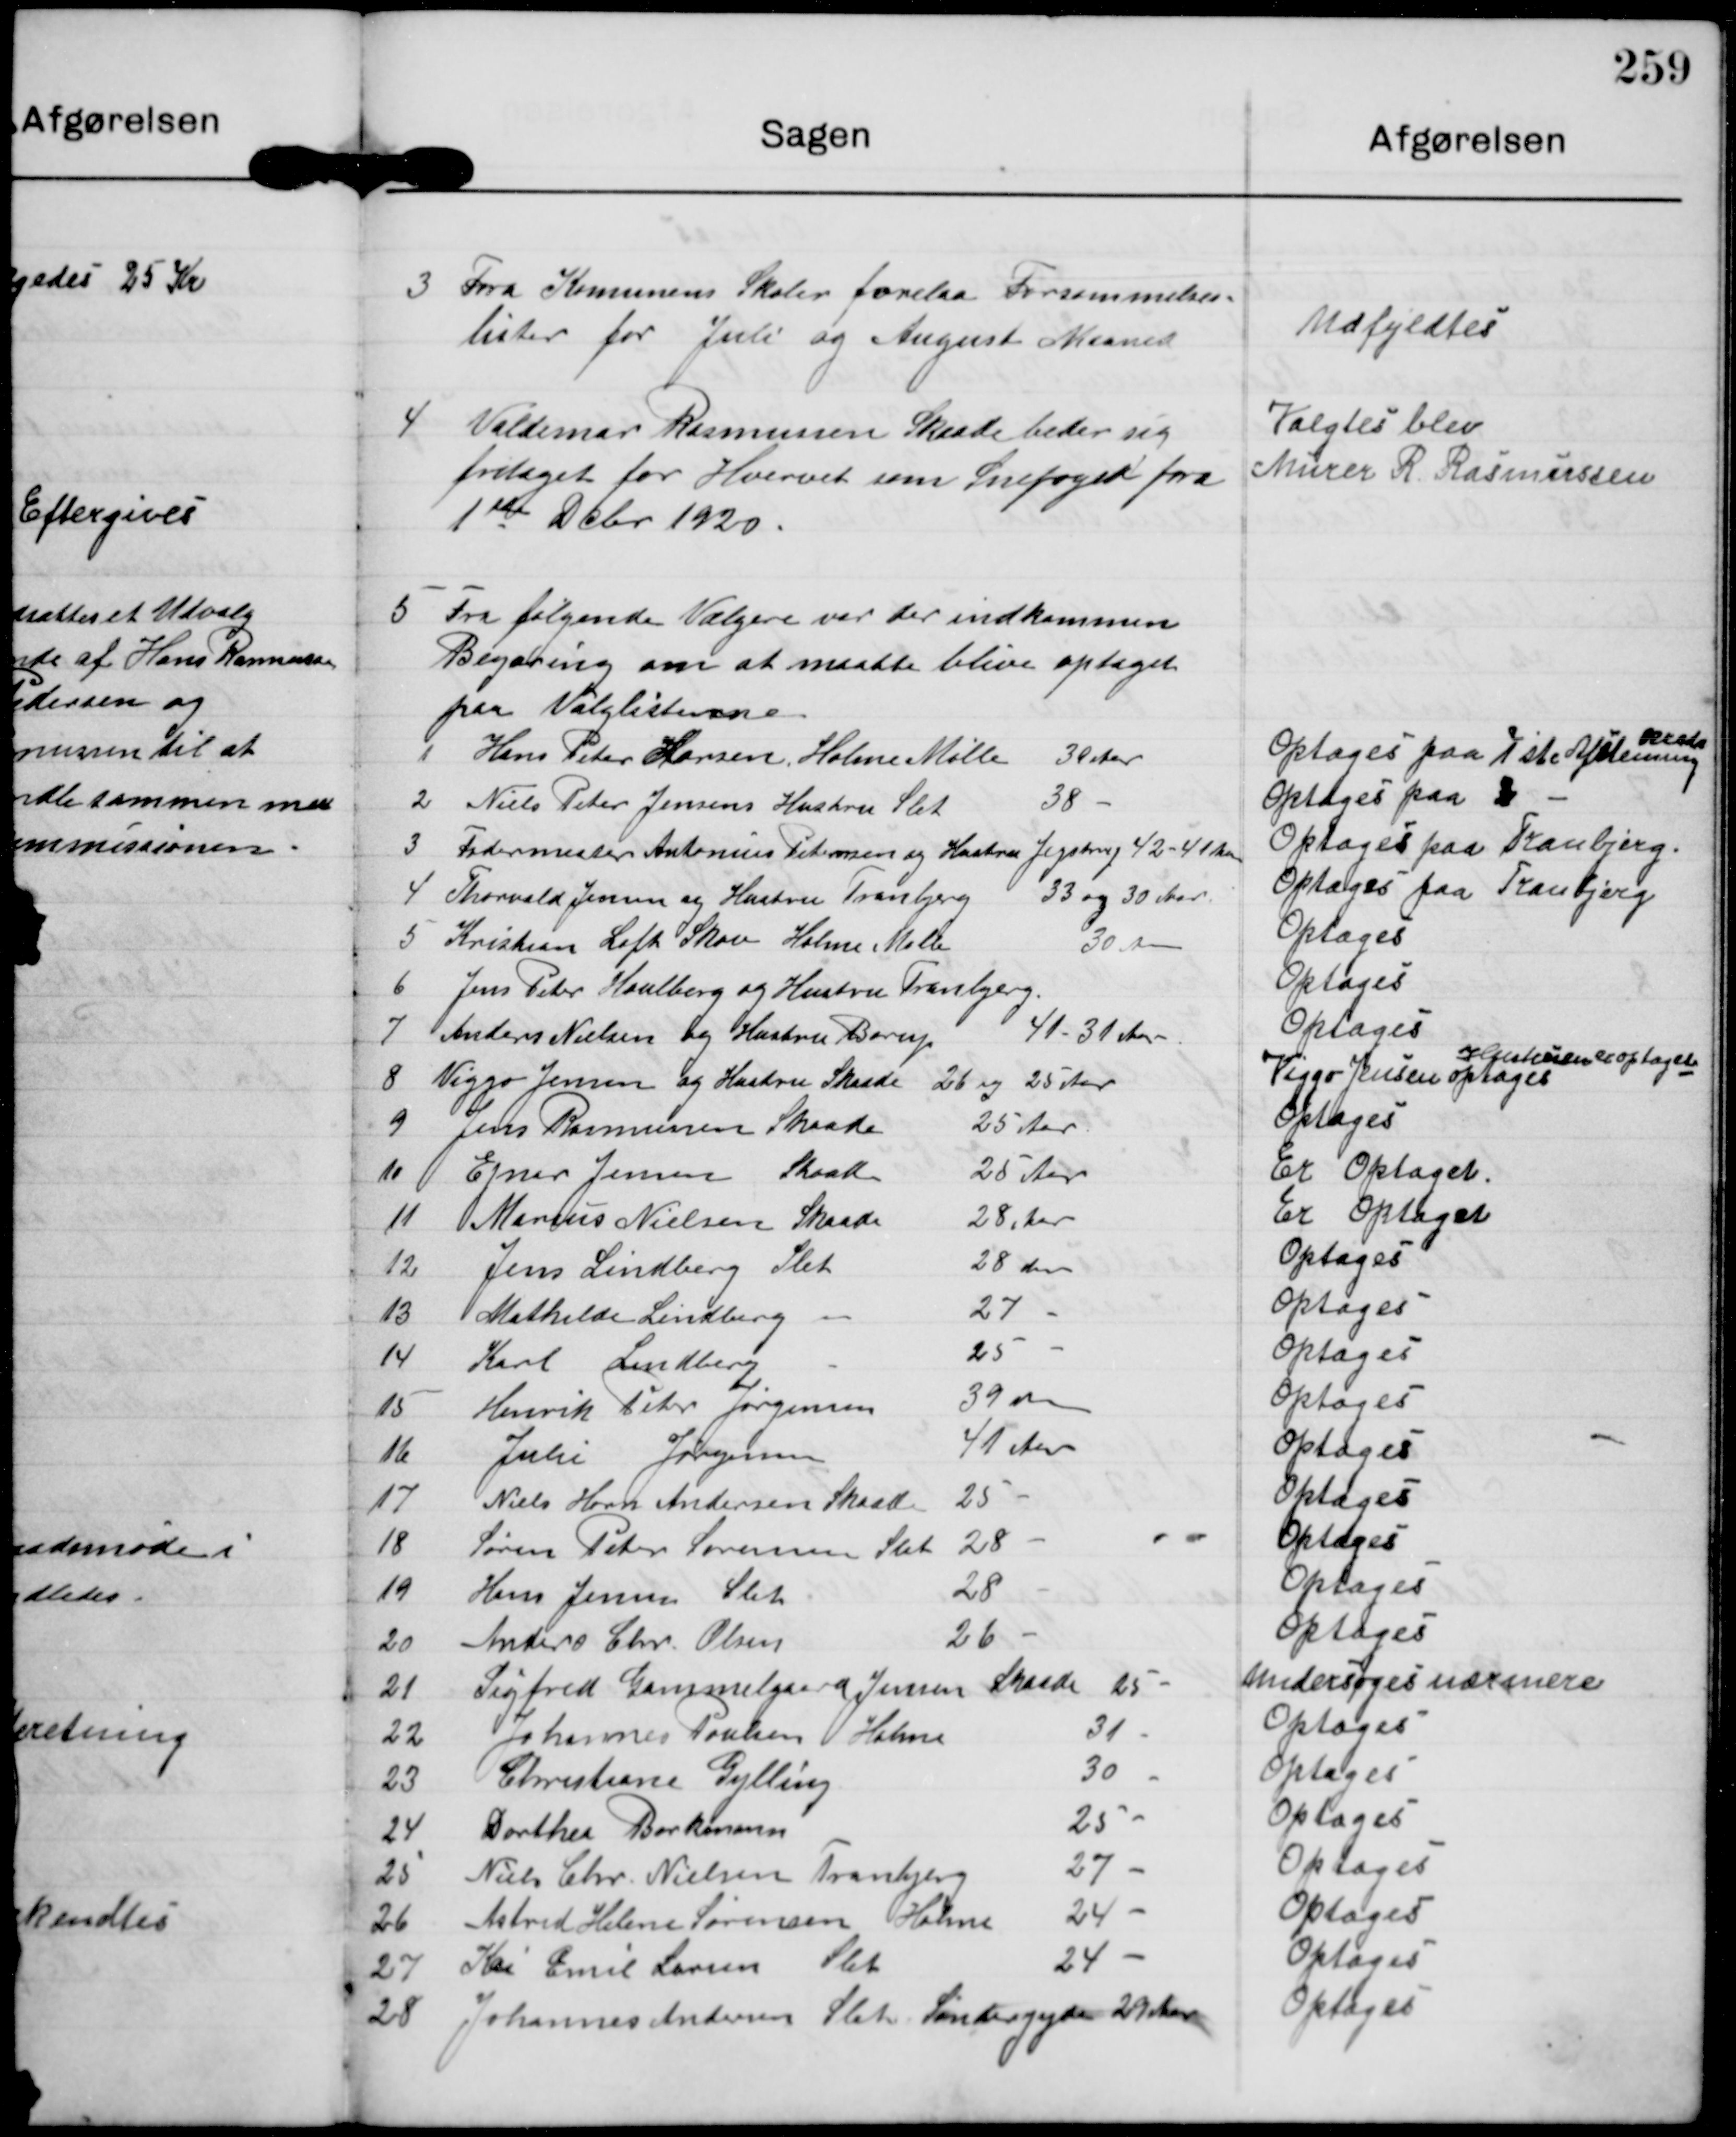
Transskription:
3

Fra Komunens Skole forelaa Forsømmelses-
lister for Juli og August Maaned

Udfyldtes

4

Valdemar Rasmussen Skaade beder sig
fritaget for Hvervet som Snefoged fra
1ste Dcbr 1920.

Valgtes blev
Murer R. Rasmussen

5

Fra følgende Vælgere var der indkommen
Begæring om at maatte blive optaget
paa Valglisterne
1 Hans Peter Larsen Holme Mølle 38 Aar
Optages paa 1ste Afstemning
Kreds
2 Niels Peter Jensens Hustru Slet 38  -
Optages paa 3 -
3 Fodermester Antonius Petersen og Hustru Jegstrup 42-41 Aar
Optages paa Tranbjerg.
4 Thorvald Jensen og Hustru Tranbjerg 33 og 30 Aar.
Optages paa Tranbjerg
5 Kristian Loft Skov Holme Mølle 30 Aar
Optages
6 Jens Peter Houlberg og Hustru Tranbjerg.
Optages
7 Anders Nielsen og Hustru Børup 41-31 Aar
Optages
8 Viggo Jensen og Hustru Skaade 26 og 25 Aar
Viggo Jensen optages
Hustruen er optaget
9 Jens Rasmussen Skaade 25 Aar
Optages
10 Ejner Jensen Skaade 25 Aar
Er Optaget.
11 Marcus Nielsen Skaade 28 Aar
Er Optaget
12 Jens Lindberg Slet 28 Aar
Optages
13 Mathilde Lindberg  -  27  -
Optages
14 Karl Lindberg  -  25  -
Optages
15 Henrik Peter Jørgensen 39 Aar
Optages
16 Julie Jørgensen 41 Aar
Optages
17 Niels Horn Andersen Skaade 25  -
Optages
18 Søren Peter Sørensen Slet 28  -
Optages
19 Hans Jensen Slet 28  -
Optages
20 Anders Chr. Olsen 26  -
Optages
21 Sigfred Gammelgaard Jensen Skaade 25  -
Undersøges nærmere
22 Johannes Poulsen  Holme 31  -
Optages
23 Christiane Gylling 30  -
Optages
24 Dorthea Borkmann 25  -
Optages
25 Niels Chr. Nielsen Tranbjerg 27  -
Optages
26 Astrid Helene Sørensen Holme 24  -
Optages
27 Kai Emil Larsen Slet 24  -
Optages
28 Johannes Andersen Slet Søndergyde 29 Aar
Optages